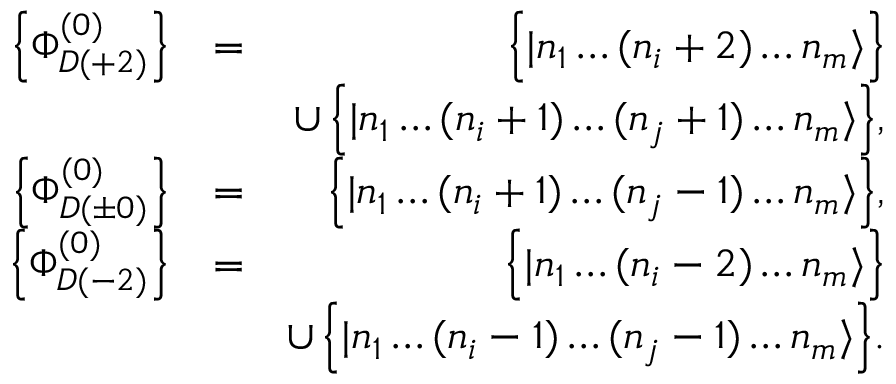
\begin{array} { r l r } { \left\{ \Phi _ { D ( + 2 ) } ^ { ( 0 ) } \right\} } & { = } & { \Big \{ | n _ { 1 } \dots ( n _ { i } + 2 ) \dots n _ { m } \rangle \Big \} } \\ & { } & { \cup \, \Big \{ | n _ { 1 } \dots ( n _ { i } + 1 ) \dots ( n _ { j } + 1 ) \dots n _ { m } \rangle \Big \} , } \\ { \left\{ \Phi _ { D ( \pm 0 ) } ^ { ( 0 ) } \right\} } & { = } & { \Big \{ | n _ { 1 } \dots ( n _ { i } + 1 ) \dots ( n _ { j } - 1 ) \dots n _ { m } \rangle \Big \} , } \\ { \left\{ \Phi _ { D ( - 2 ) } ^ { ( 0 ) } \right\} } & { = } & { \Big \{ | n _ { 1 } \dots ( n _ { i } - 2 ) \dots n _ { m } \rangle \Big \} } \\ & { } & { \cup \, \Big \{ | n _ { 1 } \dots ( n _ { i } - 1 ) \dots ( n _ { j } - 1 ) \dots n _ { m } \rangle \Big \} . } \end{array}